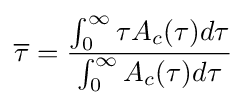
{\overline {\tau }}={\frac {\int _{0}^{\infty }\tau A_{c}(\tau )d\tau }{\int _{0}^{\infty }A_{c}(\tau )d\tau }}